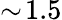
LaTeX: \sim\! 1.5